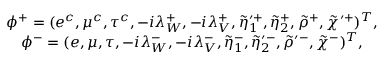
\begin{array} { c } { { \phi ^ { + } = ( e ^ { c } , \mu ^ { c } , \tau ^ { c } , - i \lambda _ { W } ^ { + } , - i \lambda _ { V } ^ { + } , \tilde { \eta } _ { 1 } ^ { \prime + } , \tilde { \eta } _ { 2 } ^ { + } , \tilde { \rho } ^ { + } , \tilde { \chi } ^ { \prime + } ) ^ { T } , } } \\ { { \phi ^ { - } = ( e , \mu , \tau , - i \lambda _ { W } ^ { - } , - i \lambda _ { V } ^ { - } , \tilde { \eta } _ { 1 } ^ { - } , \tilde { \eta } _ { 2 } ^ { \prime - } , \tilde { \rho } ^ { \prime - } , \tilde { \chi } ^ { - } ) ^ { T } , } } \end{array}